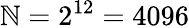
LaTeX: \mathbb{N}=2^{12}=4096